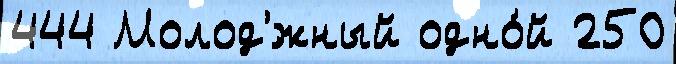
444 Молод'́жный одно́й 250